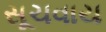
સૂચવાય